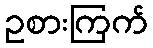
ဥစားကြက်